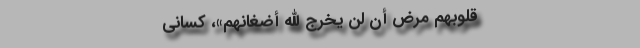
قُلُوبِهِمْ مَرَضٌ أَنْ لَنْ یُخْرِجَ اللَّهُ أَضْغانَهُمْ»، کسانی